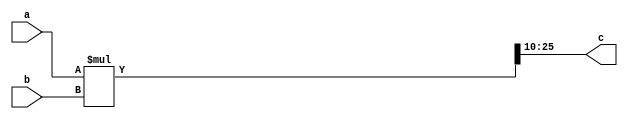
module multiplier (a,b,c);

parameter N = 16;
parameter frac = 10;

input signed [N-1:0] a;
input signed [N-1:0] b;
output signed [N-1:0] c;

wire signed [2*N-1:0] temp;

assign temp = a*b;
assign c = temp[((2*N-1)-(N-frac)):frac];

endmodule